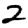
Digit: 2